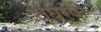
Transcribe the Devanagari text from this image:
संघरूपी